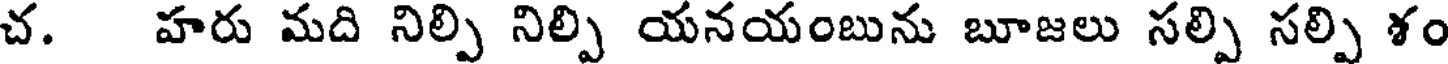
చ. హరు మది నిల్పి నిల్పి యనయంబును బూజలు సల్పి సల్పి శం